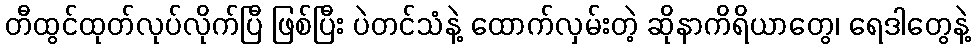
တီထွင်ထုတ်လုပ်လိုက်ပြီ ဖြစ်ပြီး ပဲတင်သံနဲ့ ထောက်လှမ်းတဲ့ ဆိုနာကိရိယာတွေ၊ ရေဒါတွေနဲ့